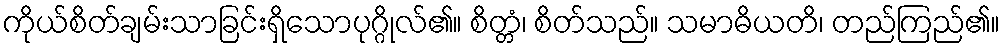
ကိုယ်စိတ်ချမ်းသာခြင်းရှိသောပုဂ္ဂိုလ်၏။ စိတ္တံ၊ စိတ်သည်။ သမာဓိယတိ၊ တည်ကြည်၏။